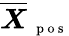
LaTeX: \overline{{\boldsymbol X}}_{\mathrm{~\scriptsize~p~o~s~}}